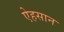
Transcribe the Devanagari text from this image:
ऐहसान